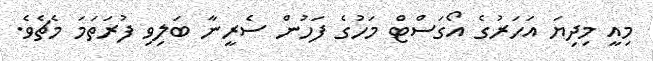
މިއީ މިދިޔަ އަހަރުގެ އޯގަސްޓް މަހުގެ ފަހުން ސެރީނާ ބަލިވި ފުރަތަމަ މެޗެވެ.